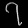
Digit: ၇